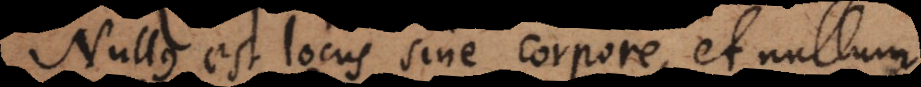
Nullus est locus sine corpore, et nullum